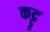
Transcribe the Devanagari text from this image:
कट्टू